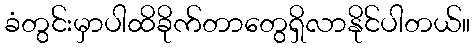
ခံတွင်းမှာပါထိခိုက်တာတွေရှိလာနိုင်ပါတယ်။